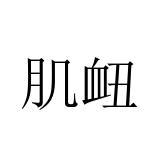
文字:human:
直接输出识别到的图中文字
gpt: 肌衄